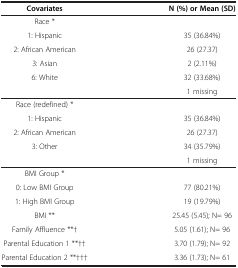
<table><thead><tr><td><b>Covariates</b></td><td><b>N (%) or Mean (SD)</b></td></tr></thead><tbody><tr><td>Race *</td><td> </td></tr><tr><td>1: Hispanic</td><td>35 (36.84%)</td></tr><tr><td>2: African American</td><td>26 (27.37)</td></tr><tr><td>3: Asian</td><td>2 (2.11%)</td></tr><tr><td>6: White</td><td>32 (33.68%)</td></tr><tr><td> </td><td>1 missing</td></tr><tr><td>Race (redefined) *</td><td> </td></tr><tr><td>1: Hispanic</td><td>35 (36.84%)</td></tr><tr><td>2: African American</td><td>26 (27.37)</td></tr><tr><td>3: Other</td><td>34 (35.79%)</td></tr><tr><td> </td><td>1 missing</td></tr><tr><td>BMI Group *</td><td> </td></tr><tr><td>0: Low BMI Group</td><td>77 (80.21%)</td></tr><tr><td>1: High BMI Group</td><td>19 (19.79%)</td></tr><tr><td>BMI **</td><td>25.45 (5.45); N= 96</td></tr><tr><td>Family Affluence **†</td><td>5.05 (1.61); N= 96</td></tr><tr><td>Parental Education 1 **††</td><td>3.70 (1.79); N= 92</td></tr><tr><td>Parental Education 2 **†††</td><td>3.36 (1.73); N= 61</td></tr></tbody></table>